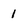
Character: 1